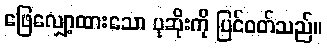
ဖြေလျှော့ထားသော ပုဆိုးကို ပြင်ဝတ်သည်။